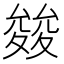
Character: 𭐪